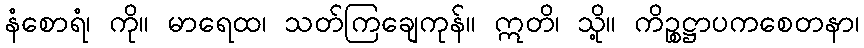
နံစောရံ၊ ကို။ မာရေထ၊ သတ်ကြချေကုန်။ ဣတိ၊ သို့။ ကိဉ္စဋ္ဌာပကစေတနာ၊